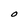
Character: O